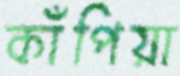
কাঁপিয়া